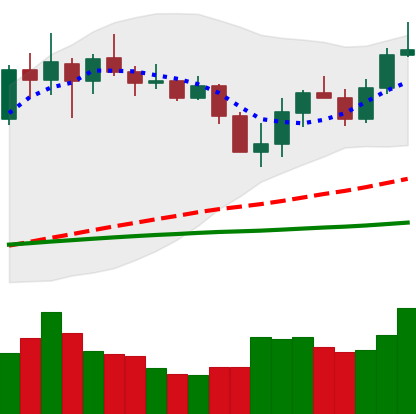
Ticker: LINK-USD
Chart end date: 2020-03-04
Forward return: -12.507%
Label: down_7plus